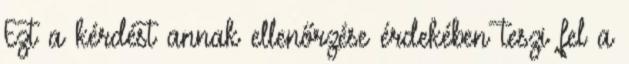
Ezt a kérdést annak ellenőrzése érdekében teszi fel a